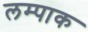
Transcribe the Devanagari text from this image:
लम्पाक